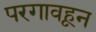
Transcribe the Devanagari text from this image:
परगावहून